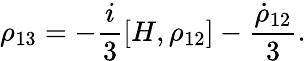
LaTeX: \rho_{13}=-\frac{i}{3}[H,\rho_{12}]-\frac{\dot{\rho}_{12}}{3}.